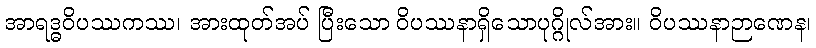
အာရဒ္ဓဝိပဿကဿ၊ အားထုတ်အပ် ပြီးသော ဝိပဿနာရှိသောပုဂ္ဂိုလ်အား။ ဝိပဿနာဉာဏေန၊